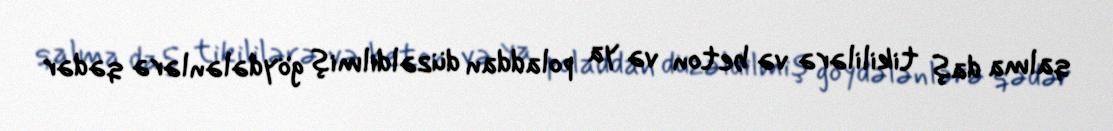
qalma daş tikililərə və beton və ya poladdan düzəldilmiş göydələnlərə qədər